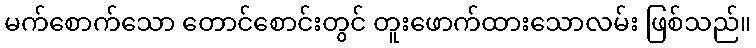
မက်စောက်သော တောင်စောင်းတွင် တူးဖောက်ထားသောလမ်း ဖြစ်သည်။